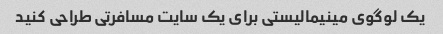
یک لوگوی مینیمالیستی برای یک سایت مسافرتی طراحی کنید